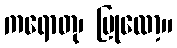
ကရောတု၊ ပြုလော့။